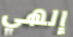
إلهي